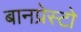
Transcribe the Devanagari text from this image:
बानप्रेस्टो